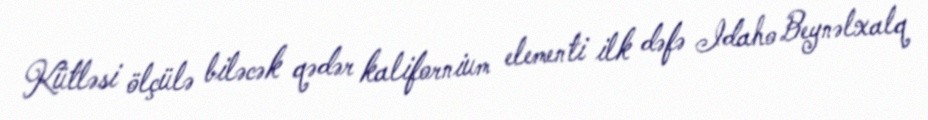
Kütləsi ölçülə biləcək qədər kalifornium elementi ilk dəfə Idaho Beynəlxalq